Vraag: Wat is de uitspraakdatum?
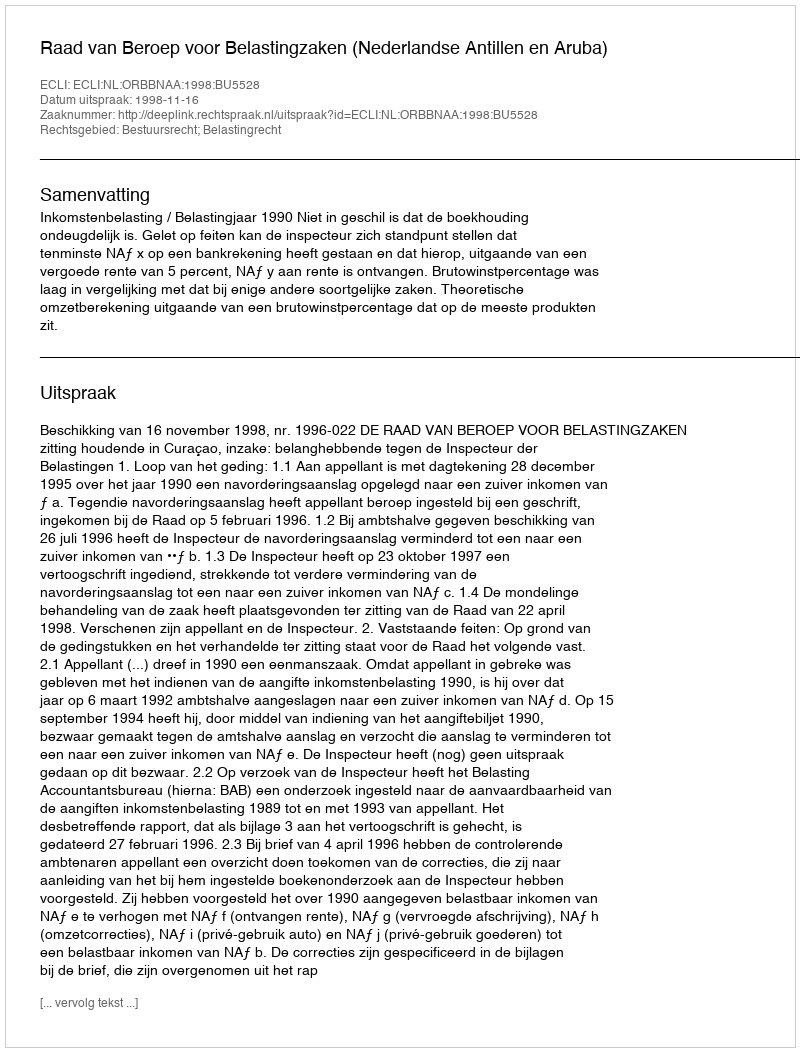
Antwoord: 1998-11-16